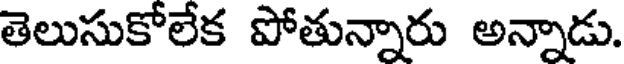
తెలుసుకోలేక పోతున్నారు అన్నాడు.